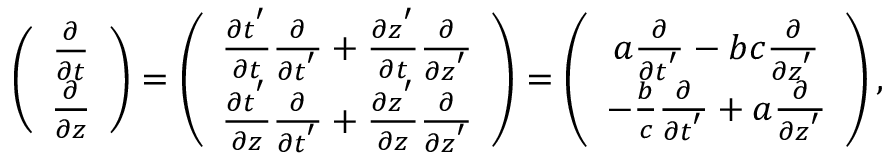
\begin{array} { r } { \left( \begin{array} { c } { \frac { \partial } { \partial t } } \\ { \frac { \partial } { \partial z } } \end{array} \right) = \left( \begin{array} { c } { \frac { \partial t ^ { ' } } { \partial t } \frac { \partial } { \partial t ^ { ' } } + \frac { \partial z ^ { ' } } { \partial t } \frac { \partial } { \partial z ^ { ' } } } \\ { \frac { \partial t ^ { ' } } { \partial z } \frac { \partial } { \partial t ^ { ' } } + \frac { \partial z ^ { ' } } { \partial z } \frac { \partial } { \partial z ^ { ' } } } \end{array} \right) = \left( \begin{array} { c } { a \frac { \partial } { \partial t ^ { ' } } - b c \frac { \partial } { \partial z ^ { ' } } } \\ { - \frac { b } { c } \frac { \partial } { \partial t ^ { ' } } + a \frac { \partial } { \partial z ^ { ' } } } \end{array} \right) , } \end{array}